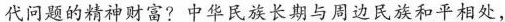
代问题的精神财富?中华民族长期与周边民族和平相处，